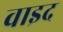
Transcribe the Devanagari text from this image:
वाइद